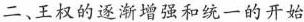
二、王权的逐渐增强和统一的开始